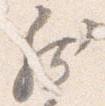
然